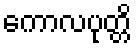
ကောလပုတ္တိ